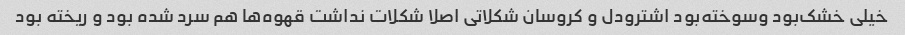
خیلی خشک‌بود و‌سوخته‌بود اشترودل و کروسان شکلاتی اصلا شکلات نداشت قهوه‌ها هم سرد شده بود و ریخته بود